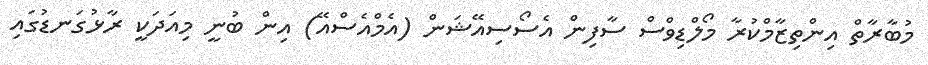
މުބާރާތް އިންތިޒާމްކުރާ މޯލްޑިވްސް ސާފިން އެސޯސިއޭޝަން (އެމްއެސްއޭ) އިން ބުނީ މިއަދަކީ ރާޅުގަނޑުގައި